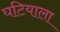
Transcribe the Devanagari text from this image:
घटियाला